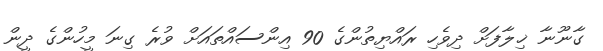
ގާނޫނާ ޚިލާފަށް ދިވެހި ރައްޔިތުންގެ 90 އިންސައްތައަށް ވުރެ ގިނަ މީހުންގެ ދީން